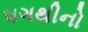
પગથીનો